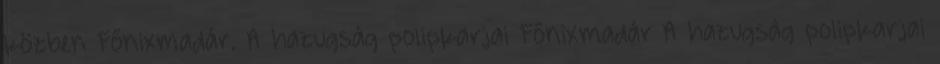
közben Főnixmadár. A hazugság polipkarjai Főnixmadár A hazugság polipkarjai